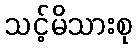
သင့်မိသားစု